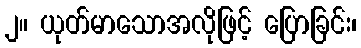
၂။ ယုတ်မာသောအလိုဖြင့် ပြောခြင်း၊